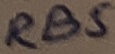
Text: RB5